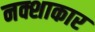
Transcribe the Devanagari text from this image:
नक्शाकार